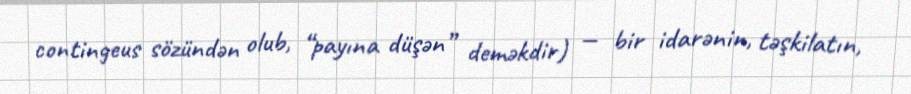
contingeus sözündən olub, “payına düşən” deməkdir) — bir idarənin, təşkilatın,